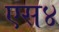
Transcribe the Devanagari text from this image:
एस४